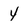
Character: 4